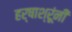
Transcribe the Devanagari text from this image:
हर्षाश्रूंनीं